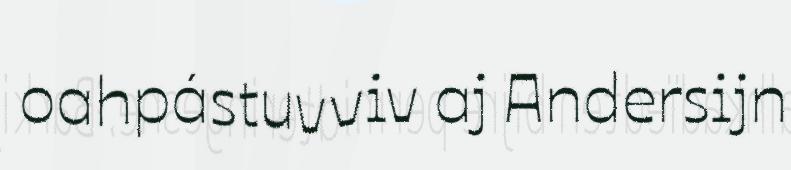
oahpástuvviv aj Andersijn